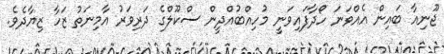
ޖޫނިއާ ބައިން އެއްވަނަ ހޯދާފައިވަނީ މުހިއްބުއްދީން ސްކޫލްގެ ދަރިވަރު އާމިނަތު ޒަހާ ޒިޔާދެވެ.